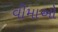
વીમાઓ